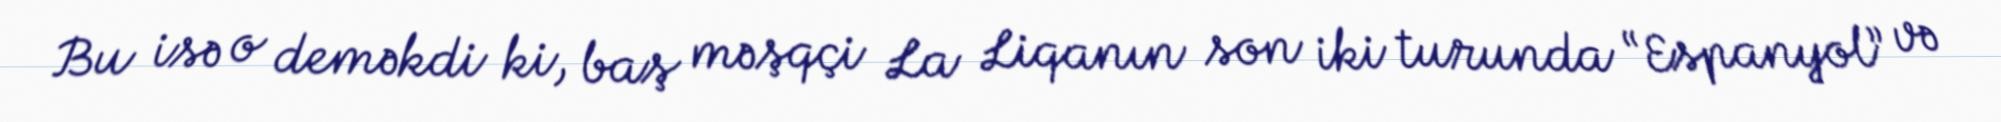
Bu isə o deməkdi ki, baş məşqçi La Liqanın son iki turunda “Espanyol” və